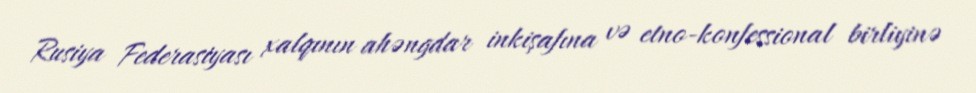
Rusiya Federasiyası xalqının ahəngdar inkişafına və etno-konfessional birliyinə